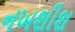
નખશીશ